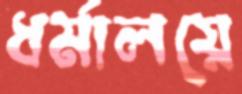
ধর্মালয়ে